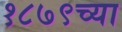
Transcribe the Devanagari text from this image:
१८७९च्या